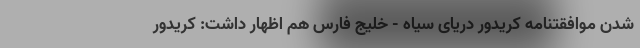
شدن موافقتنامه کریدور دریای سیاه - خلیج فارس هم اظهار داشت: کریدور